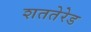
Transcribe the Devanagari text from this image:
शततेरेड